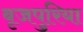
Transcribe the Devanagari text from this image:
बृजपुरिया